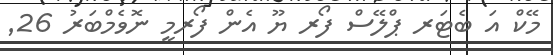
މޭކް އަ ބެޓަރ ޕްލޭސް ފޯރ ޔޫ އެން ފޯރމީ ނޮވެމްބަރު 26